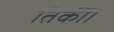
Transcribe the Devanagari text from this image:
तिर्की।